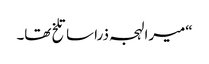
“میرا لہجہ ذرا سا تلخ تھا۔